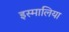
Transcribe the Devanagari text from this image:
इस्मालिया